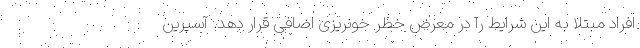
افراد مبتلا به این شرایط را در معرض خطر خونریزی اضافی قرار دهد. آسپرین